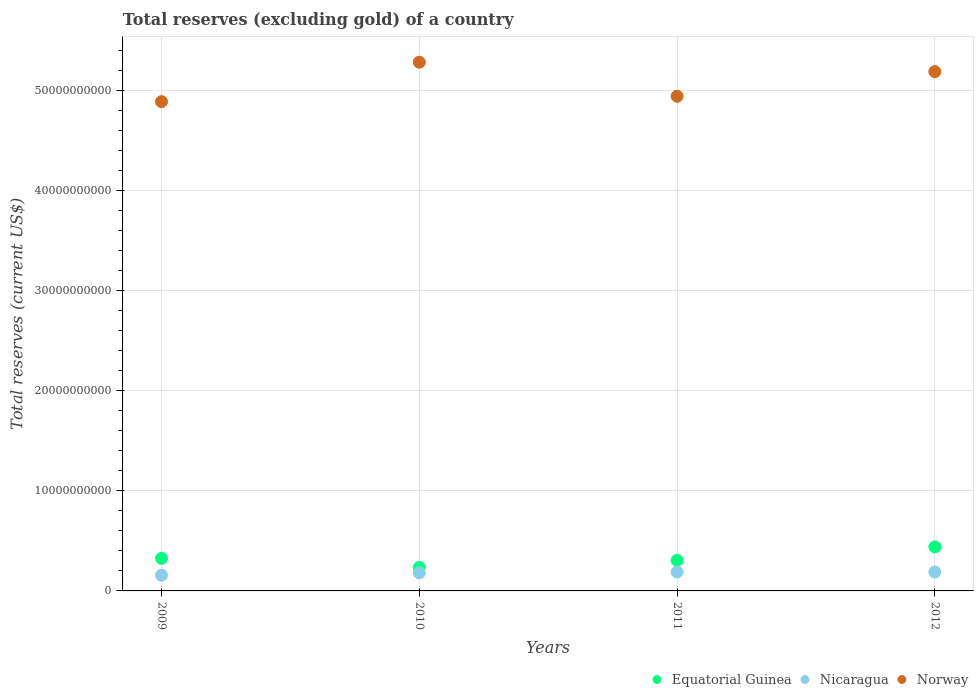
| Years | Equatorial Guinea | Nicaragua | Norway |
 | --- | --- | --- | --- |
 | 2009 | 3.25e+09 | 1.57e+09 | 4.89e+10 |
 | 2010 | 2.35e+09 | 1.8e+09 | 5.28e+10 |
 | 2011 | 3.05e+09 | 1.89e+09 | 4.94e+10 |
 | 2012 | 4.4e+09 | 1.89e+09 | 5.19e+10 |